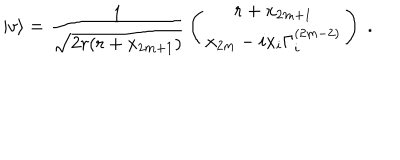
LaTeX: | v \rangle = { \frac { 1 } { \sqrt { 2 r ( r + x _ { 2 m + 1 } ) } } } \left( \begin{array} { c } { { r + x _ { 2 m + 1 } } } \\ { { x _ { 2 m } - i x _ { i } \Gamma _ { i } ^ { ( 2 m - 2 ) } } } \\ \end{array} \right) \; .